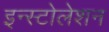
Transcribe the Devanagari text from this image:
इन्स्टोलेशन